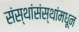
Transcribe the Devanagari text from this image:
संस्थांसंस्थांमधून